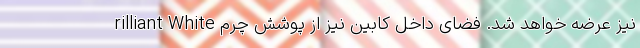
rilliant White نیز عرضه خواهد شد. فضای داخل کابین نیز از پوشش چرم